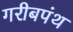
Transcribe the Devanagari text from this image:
गरीबपंथ